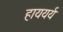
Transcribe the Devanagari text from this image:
हाययर्य